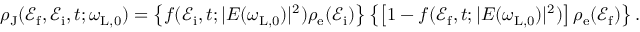
\begin{array} { r } { \rho _ { \mathrm { J } } ( \mathcal { E } _ { \mathrm { f } } , \mathcal { E } _ { \mathrm { i } } , t ; \omega _ { \mathrm { L , 0 } } ) = \left\{ f ( \mathcal { E } _ { \mathrm { i } } , t ; | E ( \omega _ { \mathrm { L , 0 } } ) | ^ { 2 } ) \rho _ { \mathrm { e } } ( \mathcal { E } _ { \mathrm { i } } ) \right\} \left\{ \left[ 1 - f ( \mathcal { E } _ { \mathrm { f } } , t ; | E ( \omega _ { \mathrm { L , 0 } } ) | ^ { 2 } ) \right] \rho _ { \mathrm { e } } ( \mathcal { E } _ { \mathrm { f } } ) \right\} . } \end{array}